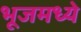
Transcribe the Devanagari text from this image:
भूजमध्ये